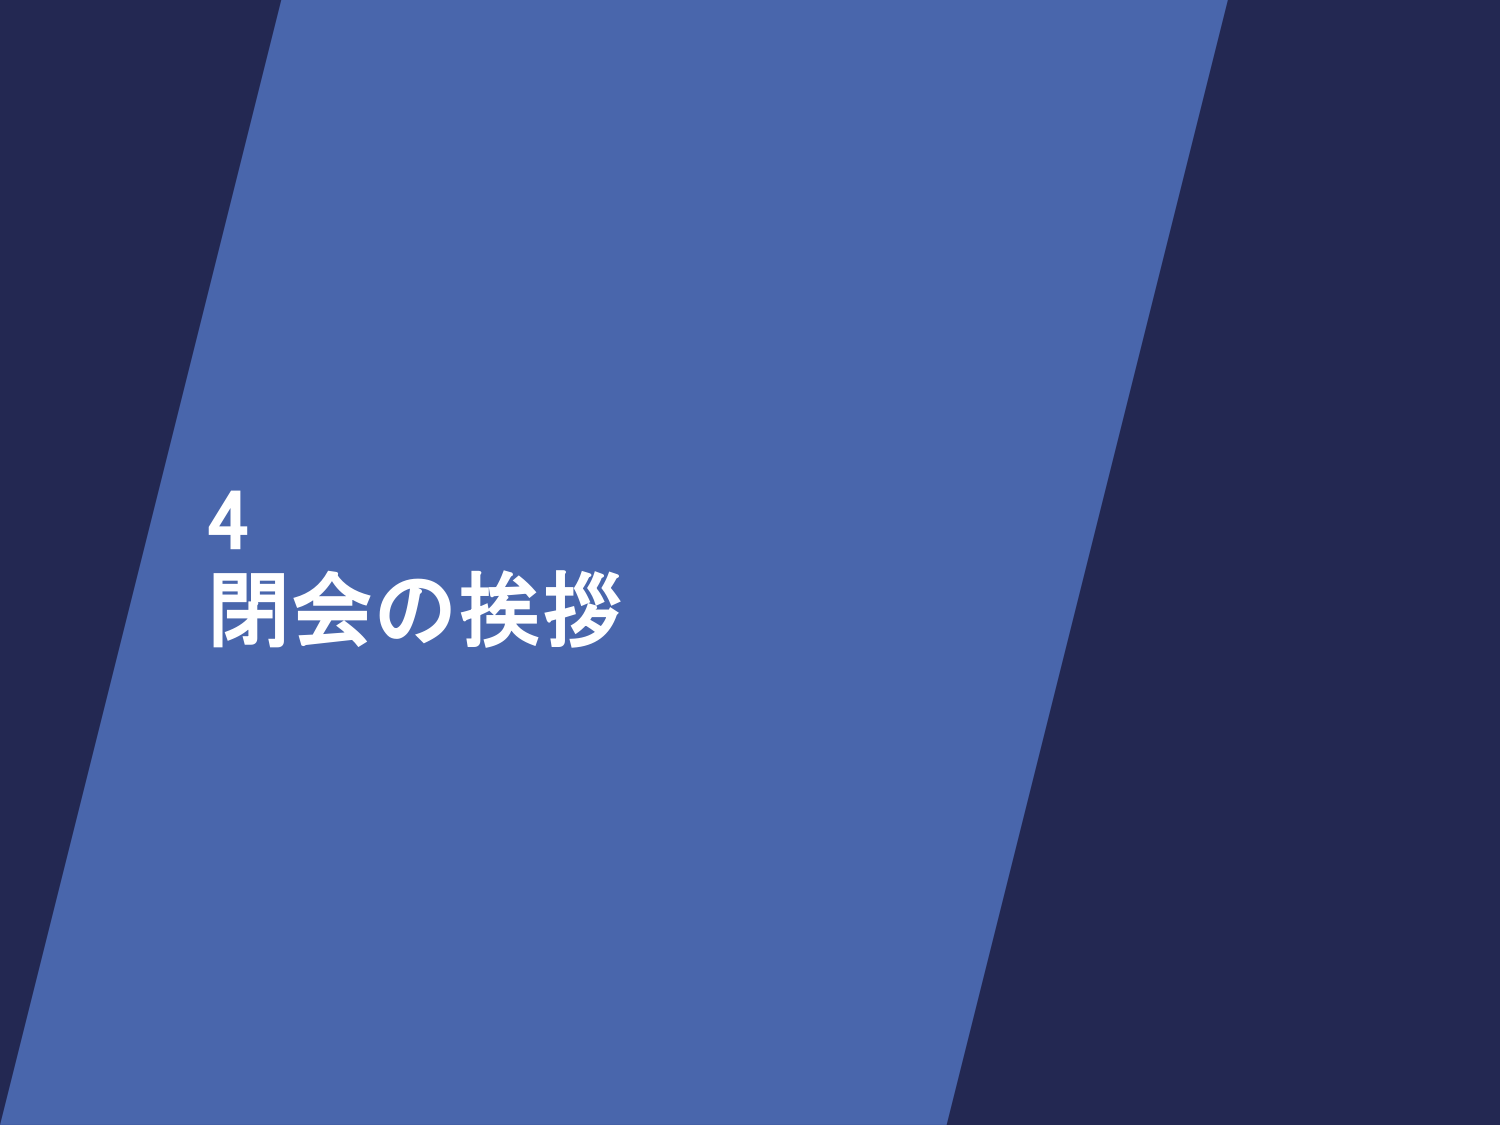
4
閉会の挨拶